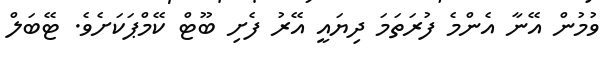
ވުމުން އޭނާ އެންމެ ފުރަތަމަ ދިޔައީ އޭރު ފެށި ބޫޓް ކޭމްޕަކަށެވެ. ޓޭބަލް